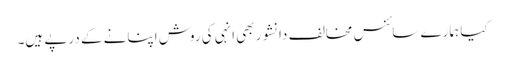
کیا ہمارے سائنس مخالف دانشور بھی انہی کی روش اپنانے کے درپے ہیں۔